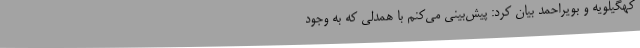
کهگیلویه و بویراحمد بیان کرد: پیش‌بینی می‌کنم با همدلی که به وجود